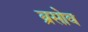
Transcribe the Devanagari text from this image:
ब्रसोव